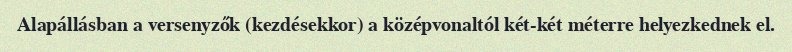
Alapállásban a versenyzők (kezdésekkor) a középvonaltól két-két méterre helyezkednek el.